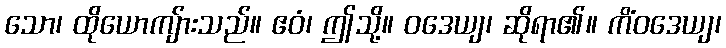
သော၊ ထိုယောကျ်ားသည်။ ဧဝံ၊ ဤသို့။ ဝဒေယျ၊ ဆိုရာ၏။ ကိံဝဒေယျ၊